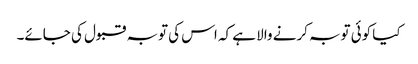
کیا کوئی توبہ کرنے والا ہے کہ اس کی توبہ قبول کی جائے۔